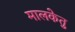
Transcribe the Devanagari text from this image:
मालकेतु